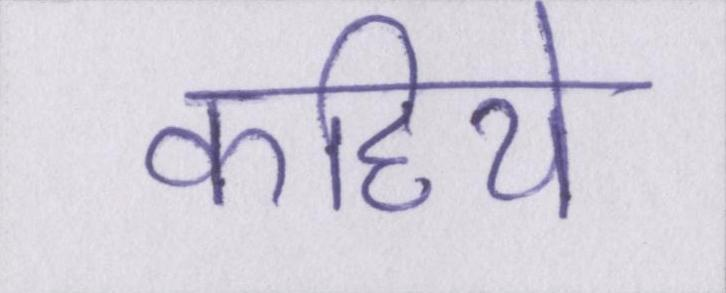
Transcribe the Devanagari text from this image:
कहिये